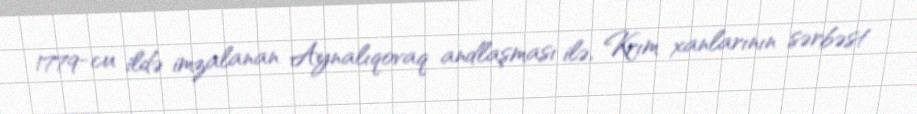
1779-cu ildə imzalanan Aynalıqovaq andlaşması ilə, Krım xanlarının sərbəst